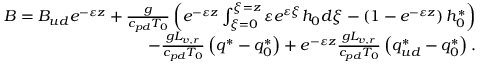
\begin{array} { r } { B = B _ { u d } e ^ { - \varepsilon z } + \frac { g } { c _ { p d } T _ { 0 } } \left( e ^ { - \varepsilon z } \int _ { \xi = 0 } ^ { \xi = z } \varepsilon e ^ { \varepsilon \xi } h _ { 0 } d \xi - \left( 1 - e ^ { - \varepsilon z } \right) h _ { 0 } ^ { * } \right) } \\ { - \frac { g L _ { v , r } } { c _ { p d } T _ { 0 } } \left( q ^ { * } - q _ { 0 } ^ { * } \right) + e ^ { - \varepsilon z } \frac { g L _ { v , r } } { c _ { p d } T _ { 0 } } \left( q _ { u d } ^ { * } - q _ { 0 } ^ { * } \right) . } \end{array}